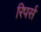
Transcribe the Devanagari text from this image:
रिपर्स